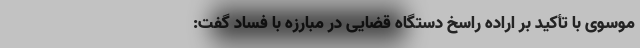
موسوی با تأکید بر اراده راسخ دستگاه قضایی در مبارزه با فساد گفت: